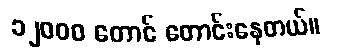
၁၂ဝဝဝ တောင် တောင်းနေတယ်။